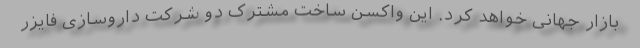
بازار جهانی خواهد کرد. این واکسن ساخت مشترک دو شرکت داروسازی فایزر